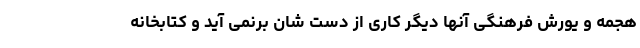
هجمه و یورش فرهنگی آنها دیگر کاری از دست شان برنمی آید و کتابخانه